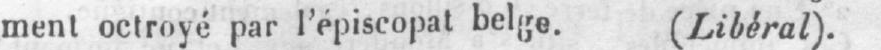
ment octroyé par l’épiscopat belge. (Libéral).